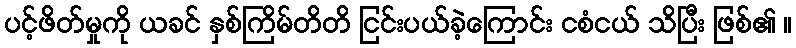
ပင့်ဖိတ်မှုကို ယခင် နှစ်ကြိမ်တိတိ ငြင်းပယ်ခဲ့ကြောင်း ငစံငယ် သိပြီး ဖြစ်၏ ။